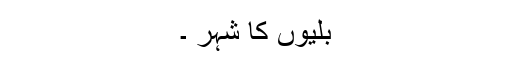
بلیوں کا شہر ۔